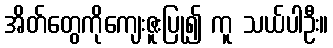
အိတ်တွေကိုကျေးဇူးပြု၍ ကူ သယ်ပါဦး။